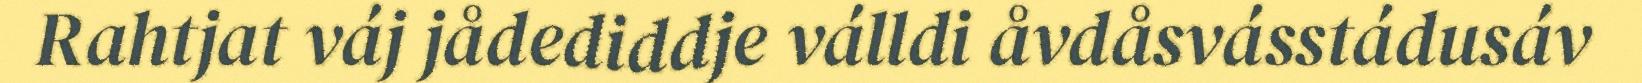
Rahtjat váj jådediddje válldi åvdåsvásstádusáv